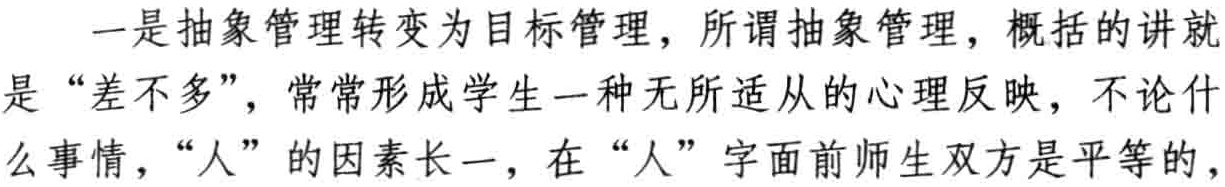
一是抽象管理转变为目标管理，所谓抽象管理，概括的讲就是“差不多”，常常形成学生一种无所适从的心理反映，不论什么事情，“人”的因素长一，在“人”字面前师生双方是平等的，